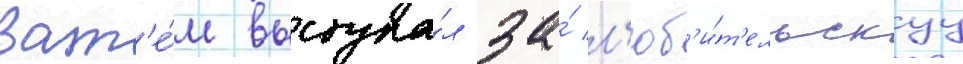
Зат'е́м выступа́л за́ л'юб'и́т'ельскуу